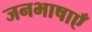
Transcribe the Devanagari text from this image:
जनभाषाएँ